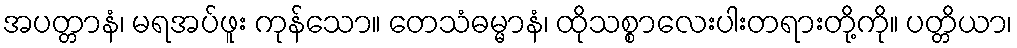
အပတ္တာနံ၊ မရအပ်ဖူး ကုန်သော။ တေသံဓမ္မာနံ၊ ထိုသစ္စာလေးပါးတရားတို့ကို။ ပတ္တိယာ၊